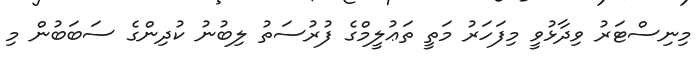
މިނިސްޓަރު ވިދާޅުވީ މިފަހަރު މަތީ ތަޢުލީމްގެ ފުރުސަތު ލިބުނު ކުދިންގެ ސަބަބުން މި